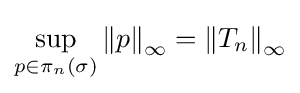
\sup _{p\in \pi _{n}(\sigma )}\left\|p\right\|_{\infty }=\left\|T_{n}\right\|_{\infty }